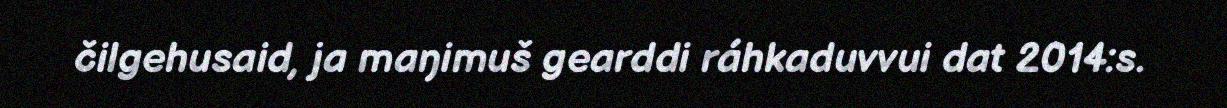
čilgehusaid, ja maŋimuš gearddi ráhkaduvvui dat 2014:s.